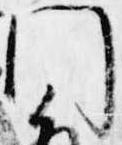
門